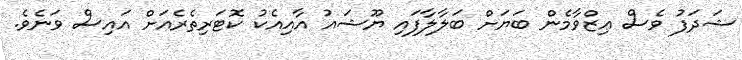
ޝަދަފު ވެސް ޢިޒްވާމެން ބަޔަށް ބަލާލާފައި ޔޫޝައު އާއިއެކު ކޮޓަރިތެރެއަށް އައިސް ވަނެވެ.